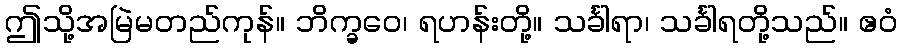
ဤသို့အမြဲမတည်ကုန်။ ဘိက္ခဝေ၊ ရဟန်းတို့။ သင်္ခါရာ၊ သင်္ခါရတို့သည်။ ဧဝံ